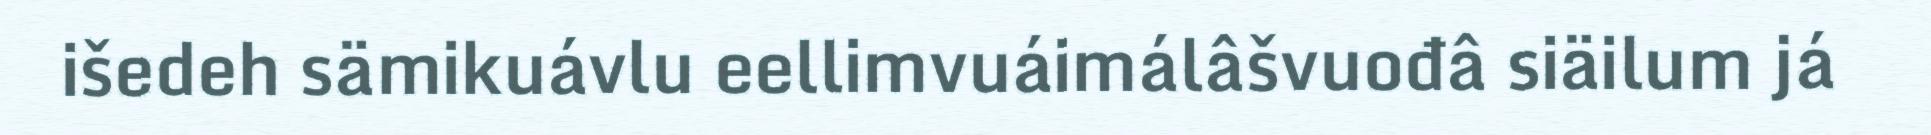
išedeh sämikuávlu eellimvuáimálâšvuođâ siäilum já